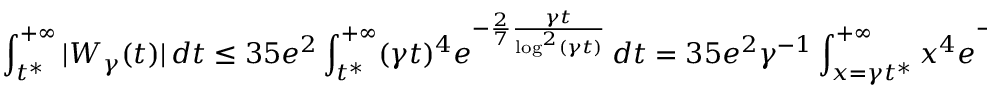
\int _ { t ^ { * } } ^ { + \infty } | W _ { \gamma } ( t ) | \, d t \leq 3 5 e ^ { 2 } \int _ { t ^ { * } } ^ { + \infty } ( \gamma t ) ^ { 4 } e ^ { - \frac { 2 } { 7 } \frac { \gamma t } { \log ^ { 2 } ( \gamma t ) } } \, d t = 3 5 e ^ { 2 } \gamma ^ { - 1 } \int _ { x = \gamma t ^ { * } } ^ { + \infty } x ^ { 4 } e ^ { - \frac { 2 } { 7 } \frac { x } { \log ^ { 2 } ( x ) } } \, d x .